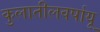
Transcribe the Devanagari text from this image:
कुलातीलवर्षायू